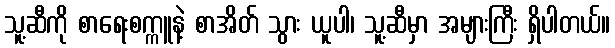
သူ့ဆီကို စာရေးစက္ကူနဲ့ စာအိတ် သွား ယူပါ၊ သူ့ဆီမှာ အများကြီး ရှိပါတယ်။